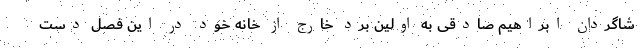
شاگردان ابراهیم صادقی به اولین برد خارج از خانه خود در این فصل دست